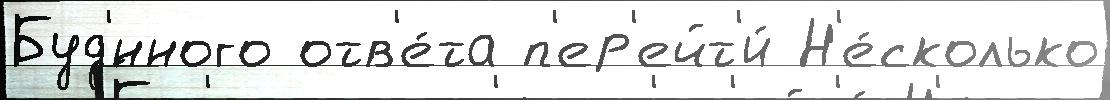
Буд'́нного отв'е́та п'ер'ейт'и́ Н'е́сколько